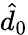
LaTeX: \hat{d}_{0}